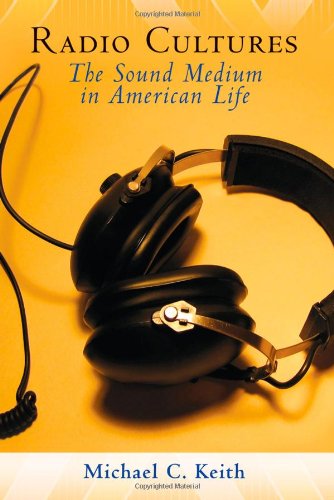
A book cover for Radio Cultures: The Sound Medium in American Life; Humor & Entertainment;